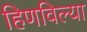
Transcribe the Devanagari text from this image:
हिणविल्या